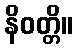
နိဝတ္တိ။